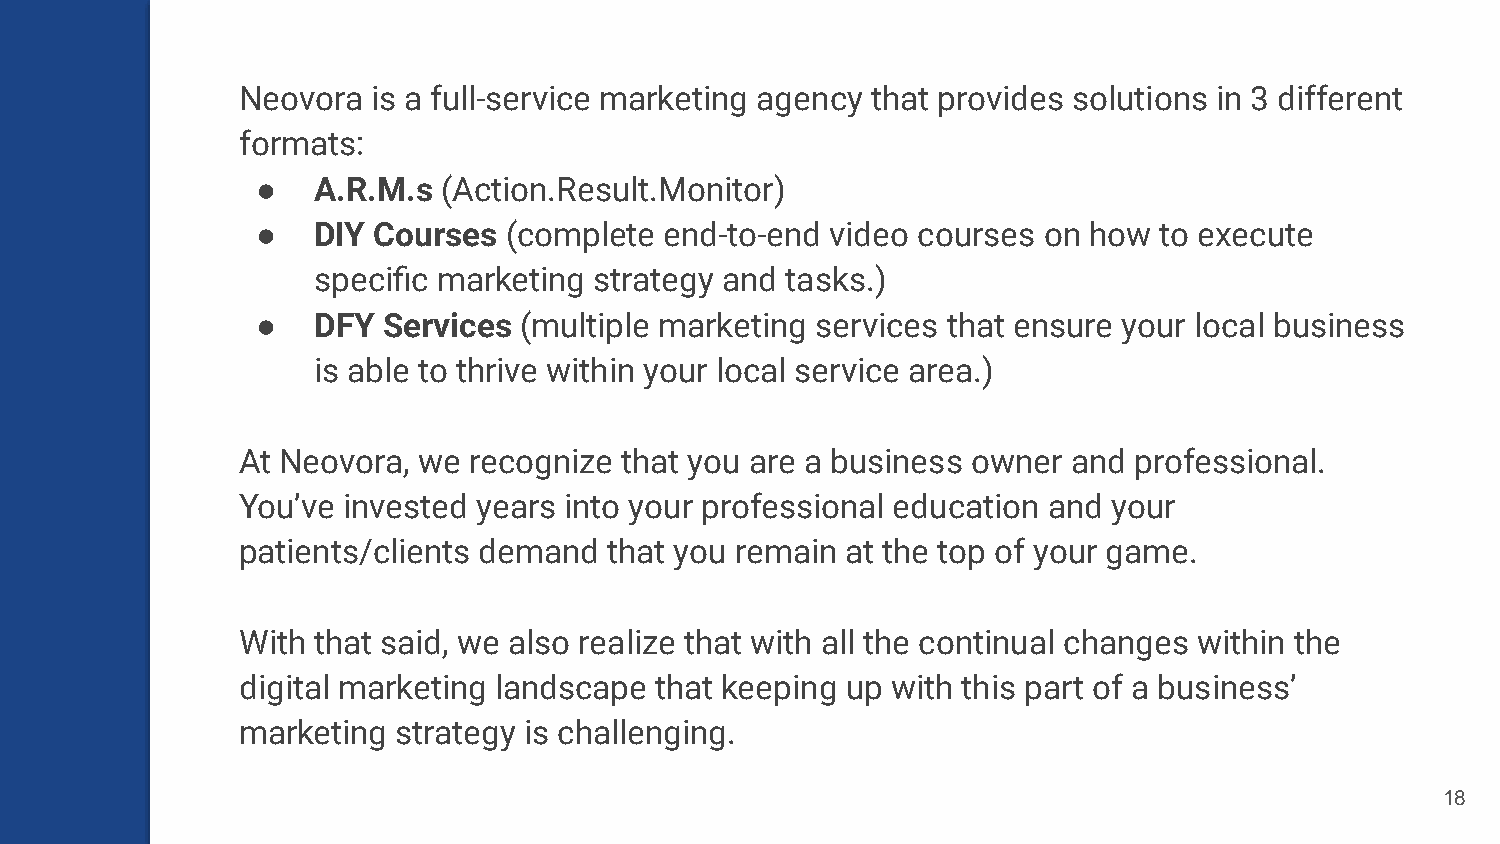
Neovora  is a full-service marketing agency that provides solutions in 3 different
 formats:
 ●   A.R.M.s (Action.Result.Monitor)
 ●   DIY Courses (complete  end-to-end video courses on how  to execute
 specific marketing strategy and tasks.)
 ●   DFY Services (multiple marketing services that ensure your local business
 is able to thrive within your local service area.)
 At Neovora, we recognize that you are a business owner and professional.
 You’ve invested years into your professional education and your
 patients/clients demand that you remain at the top of your game.
 With that said, we also realize that with all the continual changes within the
 digital marketing landscape that keeping up with this part of a business’
 marketing strategy is challenging.
 18